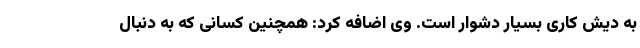
به دیش کاری بسیار دشوار است. وی اضافه کرد: همچنین کسانی که به دنبال